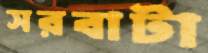
সরবাটা